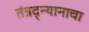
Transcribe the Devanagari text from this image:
तंत्रद्न्यानाचा